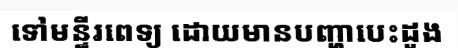
ទៅមន្ទីរពេទ្យ ដោយមានបញ្ហាបេះដូង